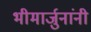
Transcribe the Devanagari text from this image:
भीमार्जुनांनी